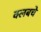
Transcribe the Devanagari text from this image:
क्‍लबचे